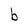
Character: b